Annual administration report of the Civil Veterinary Department of India - 1895-1896
Year: 1895
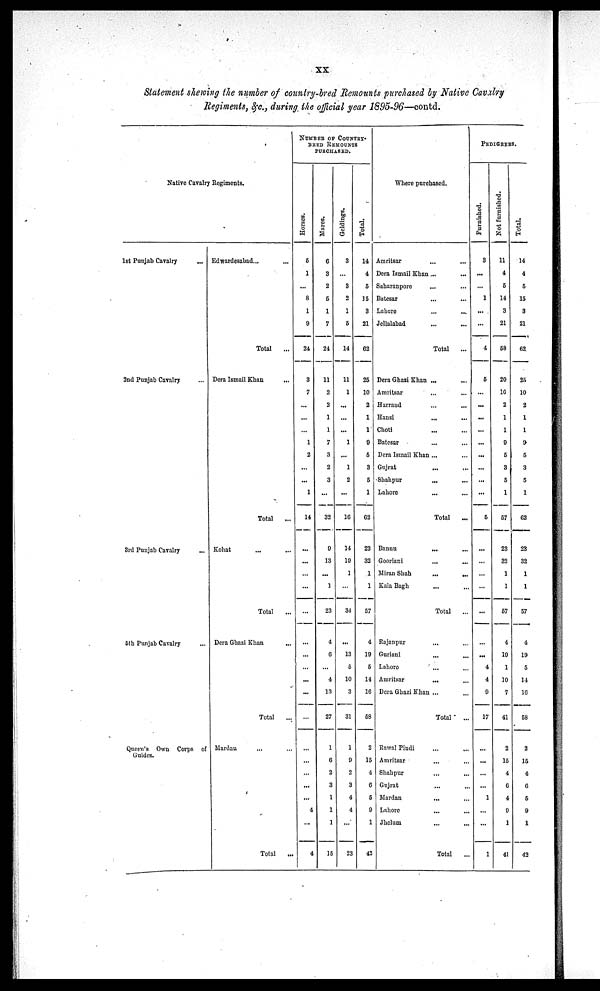
xx
Statement shewing the number of country-bred Remounts purchased by Native Cavalry
Regiments, &c., during the official year 1895-96—contd.
Native Cavalry Regiments.
1st Punjab Cavalry
...
2nd Punjab Cavalry ...
3rd Punjab Cavalry ...
5th Punjab Cavalry ...
Queen's Own Corps of
Guides.
Edwardesabad ... ...
Total
...
Dera Ismail Khan ...
Total
...
Kohat ... ...
Total ...
Dera Ghazi Khan ...
Total
...
Mardan ... ...
Total
...
NUMBER OF COUNTRY-
BRED REMOUNTS
PURCHASED.
Hor s es .
5
1
...
8
1
9
24
3
7
...
...
...
1
2
...
...
1
14
...
...
...
...
...
...
...
...
...
...
...
...
...
...
...
...
4
...
4
Mar es .
6
3
2
5
1
7
24
11
2
2
1
1
7
3
2
3
...
32
9
13
...
1
23
4
6
...
4
13
27
1
6
2
3
1
1
1
15
Geldings.
3
...
3
2
1
5
14
11
1
...
...
...
1
...
1
2
...
16
14
19
1
...
34
...
13
5
10
3
31
1
9
2
3
4
4
...
23
Total.
14
4
5
15
3
21
62
25
10
2
1
1
9
5
3
5
1
62
23
32
1
1
57
4
19
5
14
16
58
2
15
4
6
5
9
1
42
Where purchased.
Amritsar ... ...
Dera Ismail Khan... ...
Saharanpore ... ...
Batesar ... ...
Lahore
...
...
Jellalabad ... ...
Total
...
Dera Ghazi Khan ... ...
Amritsar ... ...
Harrand ... ...
Hansi
...
...
Choti ... ...
Batesar ... ...
Dera Ismail Khan ... ...
Gujrat ... ...
Shahpur
...
...
Lahore ... ...
Total
...
Bannu
...
...
Gooriani ... ...
Miran Shah
...
...
Kala Bagh ... ...
Total
...
Rajanpur ... ...
Guriani
... ...
Lahore
... ...
Amritsar
... ...
Dera Ghazi Khan ... ...
Total
...
Rawal Pindi ... ...
Amritsar ... ...
Shahpur ... ...
Gujrat ... ...
Mardan
...
...
Lahore ... ...
Jhelum ... ...
Total
...
PEDIGREES.
Furnished.
3
...
...
1
...
...
4
5
...
...
...
...
...
...
...
...
...
5
...
...
...
...
...
...
...
4
4
9
17
...
...
...
...
1
...
...
1
Not furnished.
11
4
5
14
3
21
58
20
10
2
1
1
9
5
3
5
1
57
23
32
1
1
57
4
19
1
10
7
41
2
15
4
6
4
9
1
41
Tot al .
14
4
5
15
3
21
62
25
10
2
1
1
9
5
3
5
1
62
23
32
1
1
57
4
19
5
14
16
58
2
15
4
6
5
9
1
42